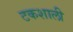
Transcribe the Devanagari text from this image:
टकशाली